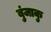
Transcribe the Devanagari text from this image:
बुंजाकु